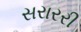
સરારરી